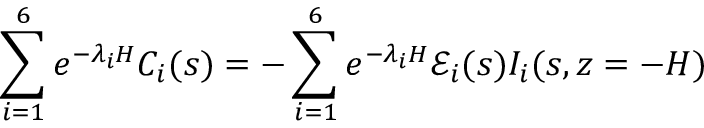
\sum _ { i = 1 } ^ { 6 } e ^ { - \lambda _ { i } H } C _ { i } ( s ) = - \sum _ { i = 1 } ^ { 6 } e ^ { - \lambda _ { i } H } \mathscr { E } _ { i } ( s ) I _ { i } ( s , z = - H )